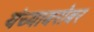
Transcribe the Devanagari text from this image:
यंच्याबरोबर